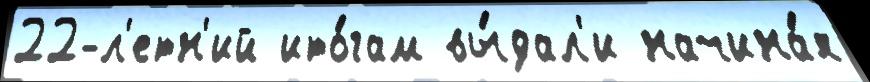
22-л'етн'ий ито́гам вы́дал'и начина́я